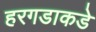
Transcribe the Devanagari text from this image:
हरगडाकडे